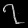
Digit: ၇